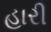
હારી